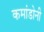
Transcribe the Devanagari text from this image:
कमांडोनी